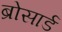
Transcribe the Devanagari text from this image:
ब्रोसार्ड